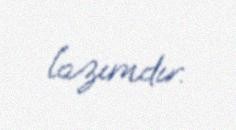
lazımdır.